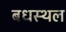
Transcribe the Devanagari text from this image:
बधस्थल